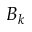
B _ { k }